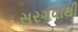
સરગવાથી